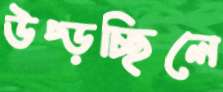
উপ্‌ড়চ্ছিলে